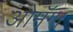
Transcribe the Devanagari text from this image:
ओमॅगा